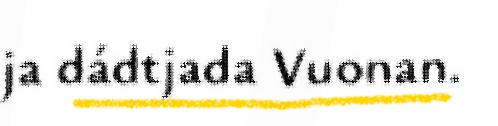
ja dádtjada Vuonan.